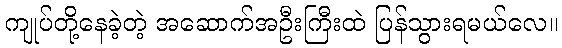
ကျုပ်တို့နေခဲ့တဲ့ အဆောက်အဦးကြီးထဲ ပြန်သွားရမယ်လေ။